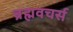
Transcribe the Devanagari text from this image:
ब्रह्मवचर्स